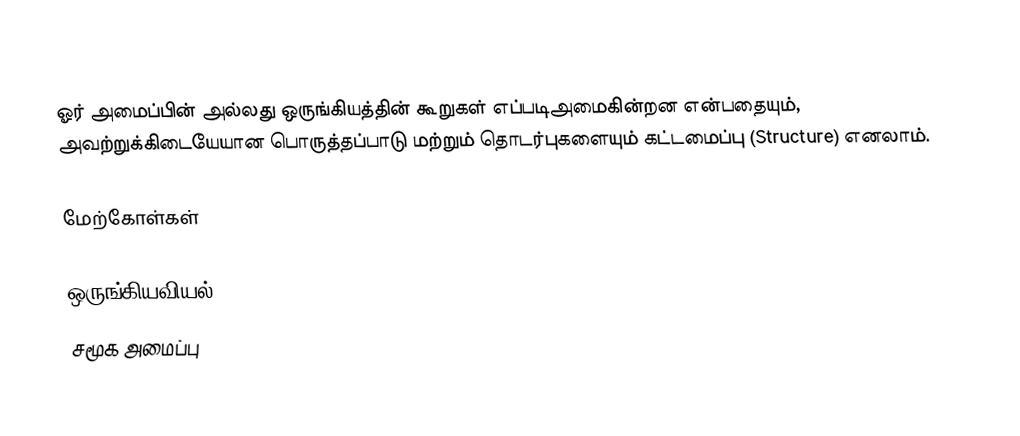
ஓர் அமைப்பின் அல்லது ஒருங்கியத்தின் கூறுகள்  எப்படிஅமைகின்றன என்பதையும், அவற்றுக்கிடையேயான பொருத்தப்பாடு மற்றும் தொடர்புகளையும் கட்டமைப்பு (Structure) எனலாம்.

மேற்கோள்கள்

ஒருங்கியவியல்
சமூக அமைப்பு